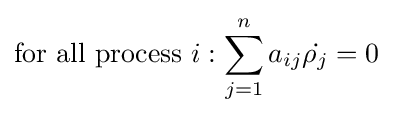
{\text{for all process }}i:\sum _{j=1}^{n}a_{ij}{\dot {\rho _{j}}}=0\;